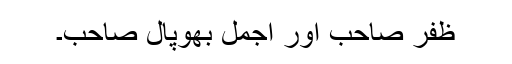
ظفر صاحب اور اجمل بھوپال صاحب۔